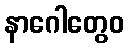
နာဂေါတွေဝ